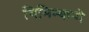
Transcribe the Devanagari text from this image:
गिमिन्यानो